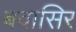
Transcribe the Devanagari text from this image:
बवासिर